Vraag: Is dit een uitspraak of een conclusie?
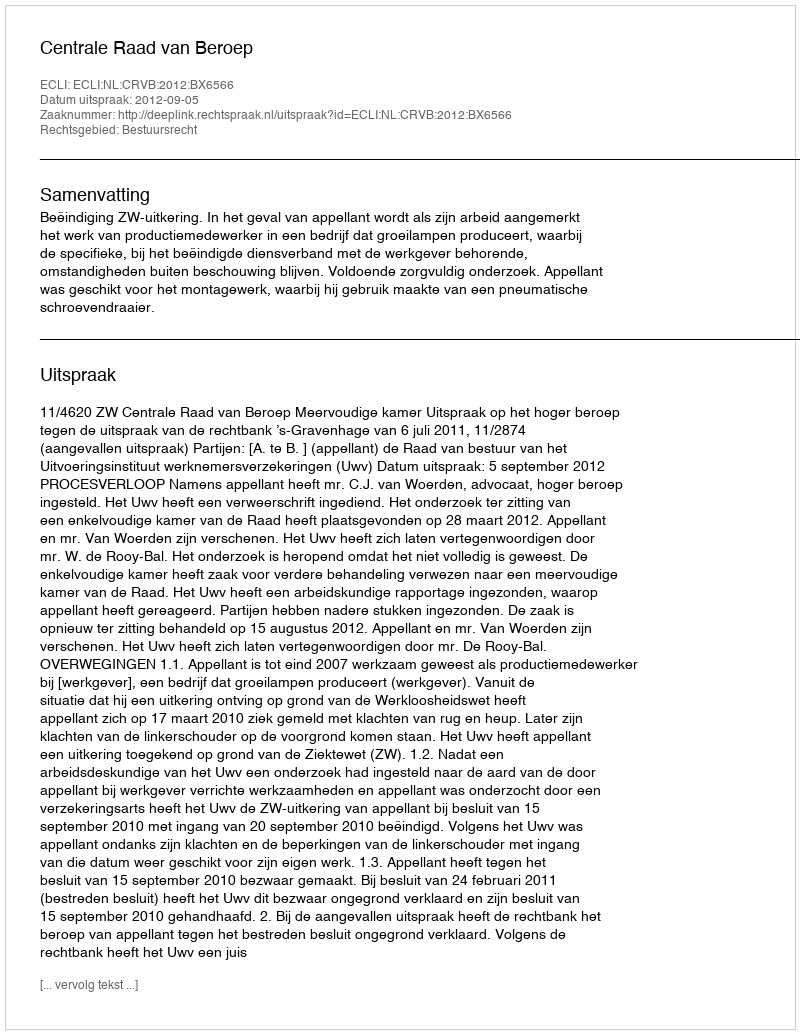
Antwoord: Uitspraak